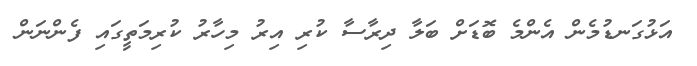
އަޅުގަނޑުމެން އެންމެ ބޮޑަށް ބަލާ ދިރާސާ ކުރި އިރު މިހާރު ކުރިމަތީގައި ފެންނަން